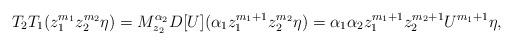
LaTeX: \begin{align*}T_2T_1(z_1^{m_1}z_2^{m_2} \eta)=M_{z_2}^{\alpha_2} D[U](\alpha_1 z_1^{m_1+1}z_2^{m_2} \eta)=\alpha_1 \alpha_2 z_1^{m_1+1}z_2^{m_2+1} U^{m_1+1}\eta,\end{align*}